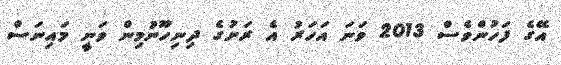
އޭގެ ފަހުންވެސް 2013 ވަނަ އަހަރު އެ ރަށުގެ ދިނިހޫނުމިން ވަނީ މައިނަސް